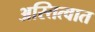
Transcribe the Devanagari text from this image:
अस्तित्‍वात